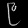
Digit: ၉